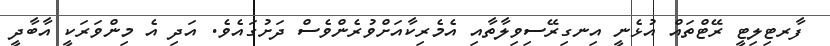
ފާރޓިލިޓީ ރޭޓްތައް އުޅެނީ އިނގިރޭސިވިލާތާއި އެމެރިކާއަށްވުރެންވެސް ދަށުގައެވެ. އަދި އެ މިންވަރަކީ އާބާދީ